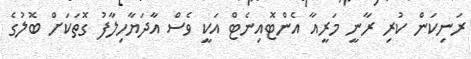
ރަނިކަން ކުރި ރާނީ މަރީއާ އެންޓޮއިނެޓް އަކީ ވެސް އާދަޔާހިލާފު ގޮތަކަށް ބޮލުގެ